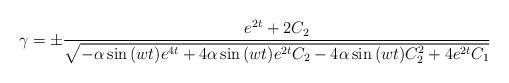
LaTeX: \begin{align*} \gamma=\pm\frac{e^{2t}+2C_2}{\sqrt{-\alpha\sin{(wt)}e^{4t}+4\alpha \sin{(wt)}e^{2t}C_2-4\alpha \sin{(wt)}C_2^2+4e^{2t}C_1}} \end{align*}